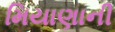
મિયાણાની